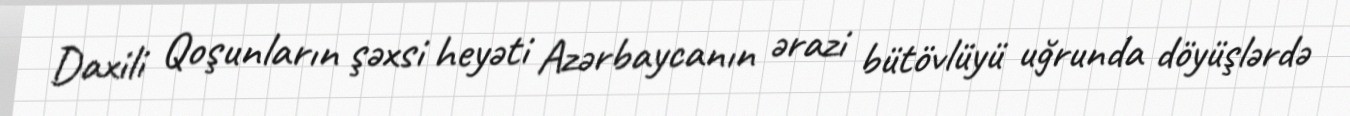
Daxili Qoşunların şəxsi heyəti Azərbaycanın ərazi bütövlüyü uğrunda döyüşlərdə